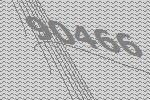
90466